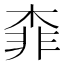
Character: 𣔉